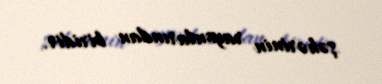
şəhərinin rayonlarından biridir.